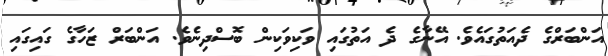
އަންބަރްގެ ދެއަތުގައެވެ. އޭނާގެ ދެ އަތުގައި ވަކިވަކިން ބޮސްދިނެވެ. އަންބަރް ޒަހާގެ ގައިގައި